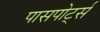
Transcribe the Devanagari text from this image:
पासपोर्ट्स